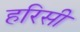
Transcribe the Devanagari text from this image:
हरिसी